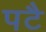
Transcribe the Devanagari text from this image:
पटै